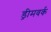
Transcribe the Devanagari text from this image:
ड्रीमवर्क